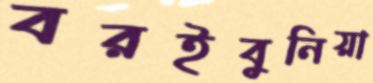
বরইবুনিয়া